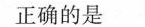
正确的是 ( )